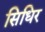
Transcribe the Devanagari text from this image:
सिधिर